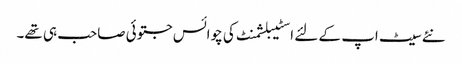
نئے سیٹ اپ کے لئے اسٹیبلشمنٹ کی چوائس جتوئی صاحب ہی تھے۔